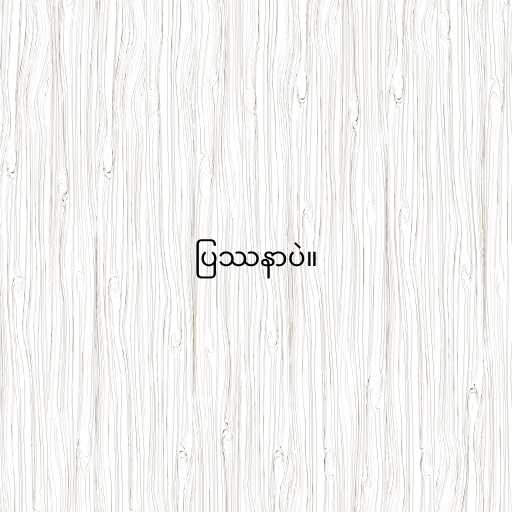
ပြဿနာပဲ။